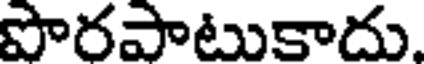
పొరపాటుకాదు.